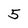
Character: 5